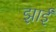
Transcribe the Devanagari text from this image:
झाईं